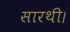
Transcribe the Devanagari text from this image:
सारथी।